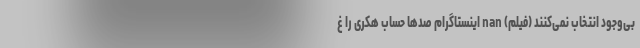
بی‌وجود انتخاب نمی‌کنند (فیلم) nan اینستاگرام صدها حساب هکری را غ